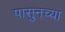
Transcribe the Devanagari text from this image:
पासुनच्या